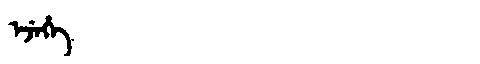
Manchu: ᡝᠵᡝᡥᡝ
Romanization: EJEHE